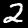
Digit: 2